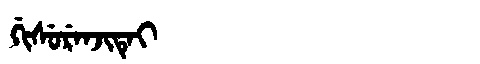
Manchu: ᡤᡳᠰᡠᡵᡝᠨᠵᡳᡨᡝᡳ
Romanization: GISURENJITEI